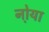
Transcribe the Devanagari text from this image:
नो़या